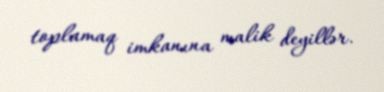
toplamaq imkanına malik deyillər.